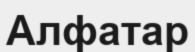
Алфатар